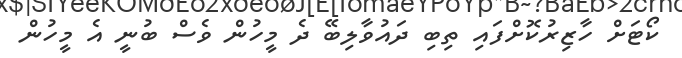
ކޯޓަށް ހާޒިރުކޮށްފައި ތިބި ދައުވާލިބޭ ދެ މީހުން ވެސް ބުނީ އެ މީހުން